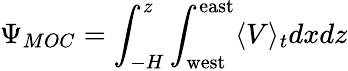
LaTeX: \Psi_{MOC}=\int_{-H}^{z}\int_{\mathrm{west}}^{\mathrm{east}}\langle V\rangle_{t}dxdz